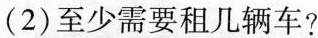
(2)至少需要租几辆车?